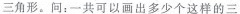
三角形。问：一共可以画出多少个这样的三